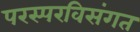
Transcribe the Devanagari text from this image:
परस्परविसंगत